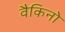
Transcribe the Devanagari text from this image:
वैकिनो